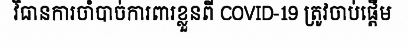
វិធានការចាំបាច់ការពារខ្លួនពី COVID-19 ត្រូវចាប់ផ្តើម